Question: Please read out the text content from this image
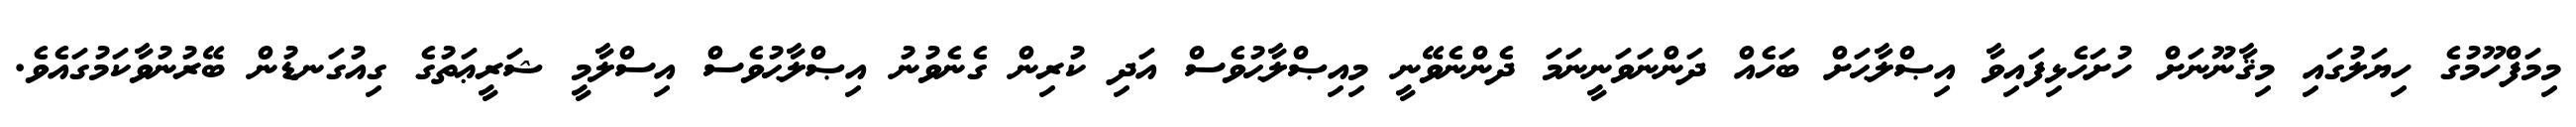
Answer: މިމަފްހޫމުގެ ހިޔަލުގައި މިޤާނޫނަށް ހުށަހެޅިފައިވާ އިޞްލާޙަށް ބަހެއް ދަންނަވަނީނަމަ ދެންނެވޭނީ މިއިޞްލާޙުވެސް އަދި ކުރިން ގެނެވުނު އިޞްލާޙުވެސް އިސްލާމީ ޝަރީޢަތުގެ ގިއުގަނޑުން ބޭރުނުވާކަމުގައެވެ.